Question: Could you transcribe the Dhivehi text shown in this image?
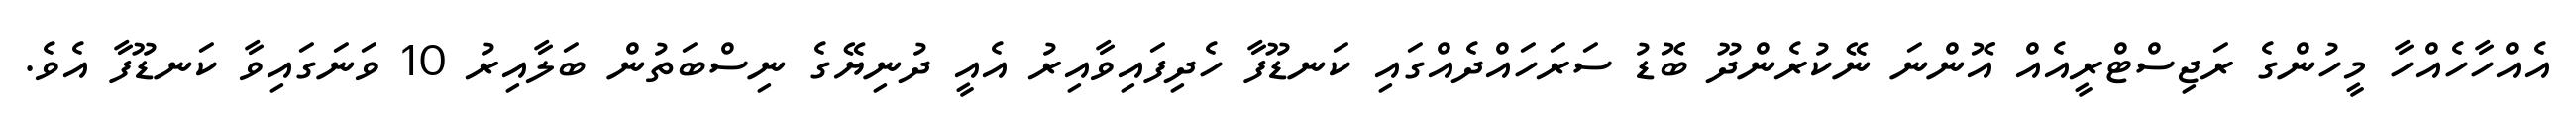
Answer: އެއްހާހެއްހާ މީހުންގެ ރަޖިސްޓްރީއެއް އޮންނަ ނޭކުރެންދޫ ބޮޑު ސަރަހައްދެއްގައި ކަނޑޫފާ ހެދިފައިވާއިރު އެއީ ދުނިޔޭގެ ނިސްބަތުން ބަލާއިރު 10 ވަނަގައިވާ ކަނޑޫފާ އެވެ.